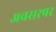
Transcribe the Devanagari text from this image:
अवसरपर